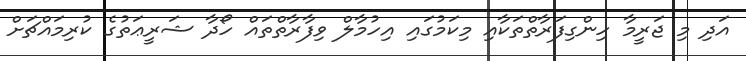
އަދި މި ޖަރީމާ ހިންގިފަރާތްތަކާއި މިކަމުގައި އިހުމާލް ވިފާރާތްތައް ހޯދާ ޝަރީޢަތުގެ ކުރިމައްޗަށް